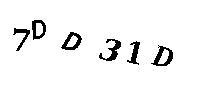
7DD31D